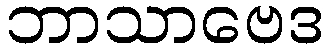
ဘာသာဗေဒ